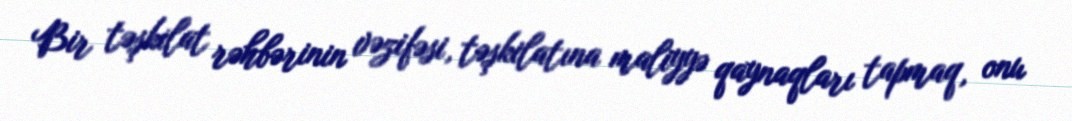
Bir təşkilat rəhbərinin vəzifəsi, təşkilatına maliyyə qaynaqları tapmaq, onu